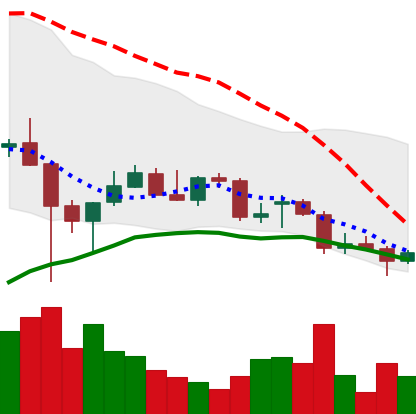
Ticker: TRX-USD
Chart end date: 2021-12-21
Forward return: 3.398%
Label: up_3_5